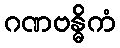
ဂဏဗန္ဓိကံ